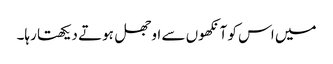
میں اس کو آنکھوں سے اوجھل ہوتے دیکھتا رہا۔